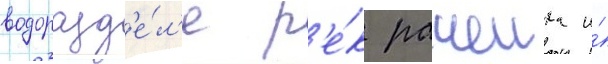
водоразд'е́л'е р'е́к рачеика и́